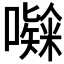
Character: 𭋸